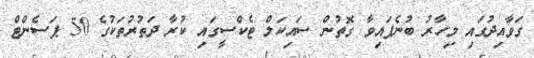
ގަވާއިދުގައި މިހާރު ބުނެފައިވާ ގޮތުން ސައިކަލް ޓެކްސީގައި ކުރާ ދަތުރުތަކުގެ 50 ޕަސެންޓް